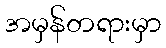
အမှန်တရားမှာ